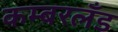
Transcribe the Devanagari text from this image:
कम्बरलँड